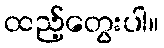
ထည့်တွေးပါ။